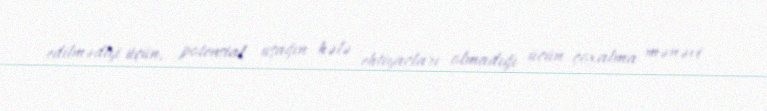
edilmədiyi üçün, potensial uşağın hələ ehtiyacları olmadığı üçün çoxalma mənəvi